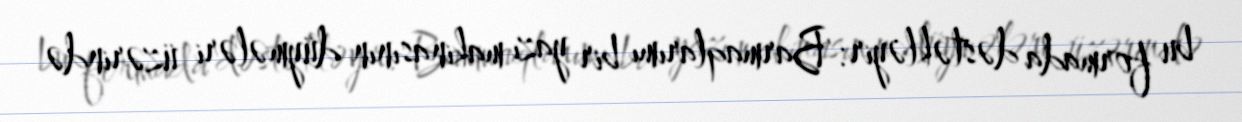
bu formada dəstəkləyir: 'Barmaqlarımı bir yazı makinasının düymələri üzərində